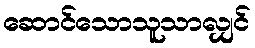
ဆောင်သောသူသာလျှင်